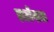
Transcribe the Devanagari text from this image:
डाटोंवाला